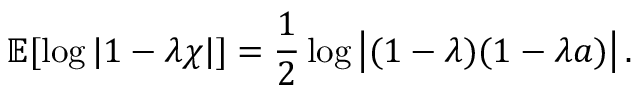
\mathbb { E } [ \log | 1 - \lambda \chi | ] = \frac { 1 } { 2 } \log \left| ( { 1 - \lambda } ) ( { 1 - \lambda a } ) \right| .